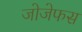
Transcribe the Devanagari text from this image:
जोजेफस